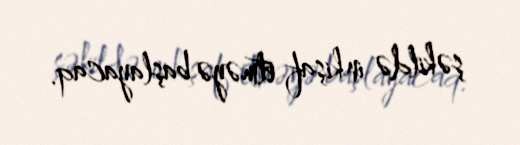
şəkildə inkişaf etməyə başlayacaq.